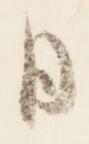
日